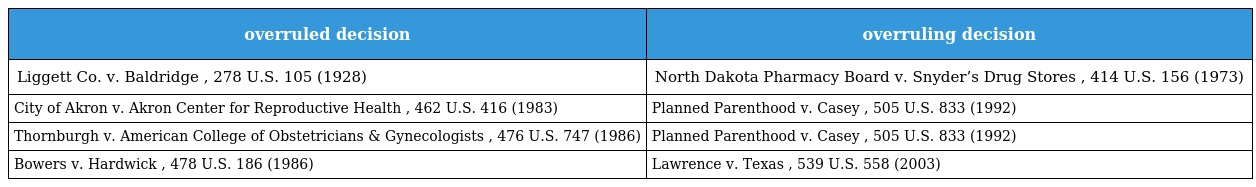
| overruled decision | overruling decision |
 | --- | --- |
 | Liggett Co. v. Baldridge , 278 U.S. 105 (1928) | North Dakota Pharmacy Board v. Snyder’s Drug Stores , 414 U.S. 156 (1973) |
 | City of Akron v. Akron Center for Reproductive Health , 462 U.S. 416 (1983) | Planned Parenthood v. Casey , 505 U.S. 833 (1992) |
 | Thornburgh v. American College of Obstetricians & Gynecologists , 476 U.S. 747 (1986) | Planned Parenthood v. Casey , 505 U.S. 833 (1992) |
 | Bowers v. Hardwick , 478 U.S. 186 (1986) | Lawrence v. Texas , 539 U.S. 558 (2003) |